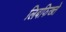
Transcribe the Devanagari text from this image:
लिबफिख्ते